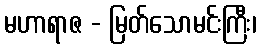
မဟာရာဇ - မြတ်သောမင်းကြီး၊